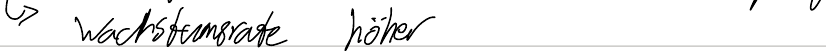
-> Wachstumsrate höher